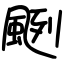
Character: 颲